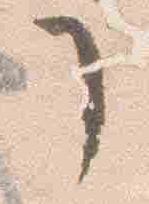
了